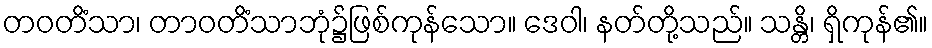
တဝတိံသာ၊ တာဝတိံသာဘုံ၌ဖြစ်ကုန်သော။ ဒေဝါ၊ နတ်တို့သည်။ သန္တိ၊ ရှိကုန်၏။